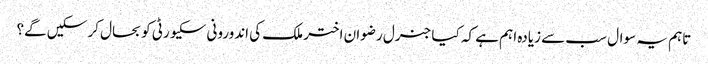
تاہم یہ سوال سب سے زیادہ اہم ہے کہ کیا جنرل رضوان اختر ملک کی اندورونی سکیورٹی کو بحال کر سکیں گے؟